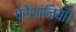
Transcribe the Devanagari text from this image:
परेशानियाँ।